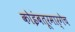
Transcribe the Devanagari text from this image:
कोइंबतूरमार्गेच